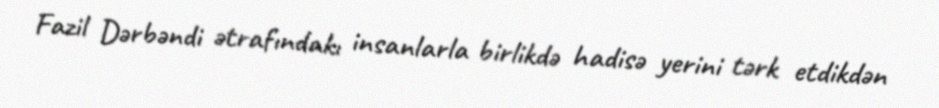
Fazil Dərbəndi ətrafındakı insanlarla birlikdə hadisə yerini tərk etdikdən